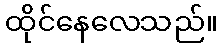
ထိုင်နေလေသည်။